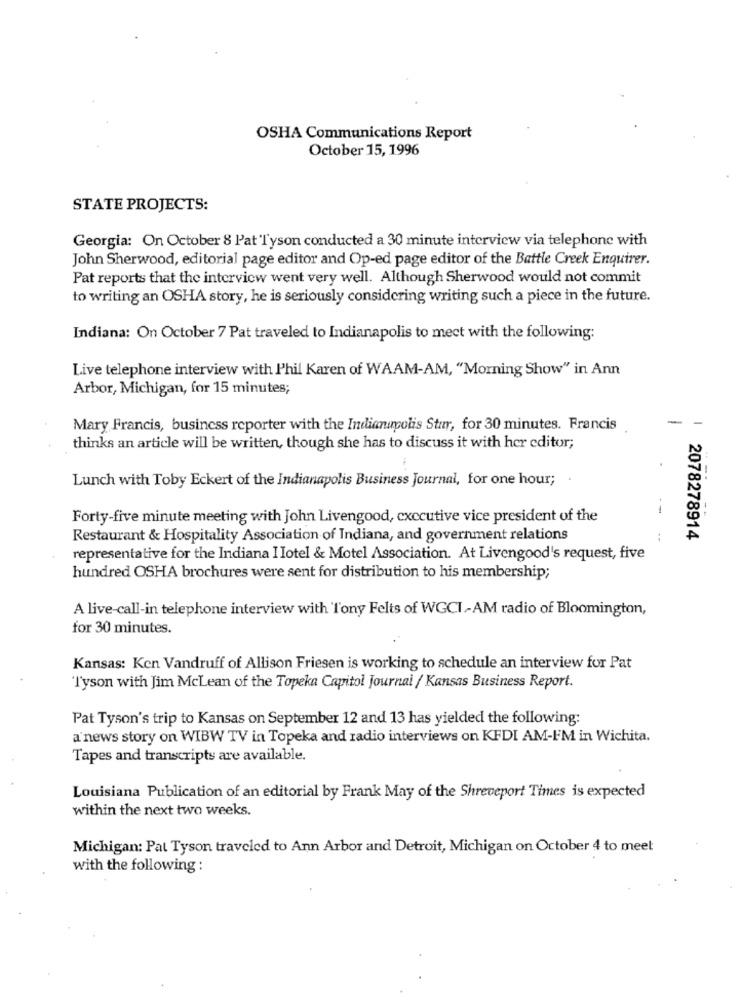
OSHA Communications Report
October 15, 1996
STATE PROJECTS:
Georgia: On October 8 Pat Tyson conducted a 30 minute interview via telephone with
John Sherwood, editorial page editor and Op-ed page editor of the Battle Creek Enquirer.
Pat reports that the interview went very well. Although Sherwood would not commit
to writing an OSHA story, he is seriously considering writing such a piece in the future.
Indiana: On October 7 Pat traveled to Indianapolis to mect with the following:
Live telephone interview with Phil Karen of WAAM-AM, "Morning Show" in Ann
Arbor, Michigan, for 15 minutes;
Mary Francis, business reporter with the Indianuncolis Stur, for 30 minutes. Francis
thinks an article will be written, though she has to discuss it with her editor;
Lunch with Toby Eckert of the Indianapolis Business Journal, for one hour;
Forty-five minute meeting with John Livengood, executive vice president of the
--
Restaurant & Hospitality Association of Indiana, and government relations
2078278914
representative for the Indiana I Iotel & Motel Association. At Livengood's request, five
hundred OSHA brochures were sent for distribution to his membership;
A live-call-in telephone interview with Tony Felts of WGCI-AM radio of Bloomington,
for 30 minutes.
Kansas: Ken Vandruff of Allison Friesen is working to schedule an interview for Pat
Tyson with Jim McLean of the Topeka Capitol Journal / Kansas Business Report.
Pat Tyson's trip to Kansas on September 12 and 13 has yielded the following:
a news story on WIBW TV in Topeka and radio interviews on KFDI AM-FM in Wichita.
Tapes and transcripts are available.
Louisiana Publication of an editorial by Frank May of the Shreveport Times is expected
within the next two weeks.
Michigan: Pat Tyson traveled to Ann Arbor and Detroit, Michigan on October 4 to meet
with the following :